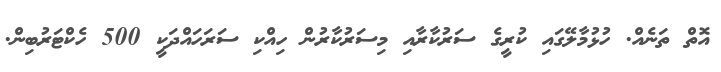
އޮތް ތަނެއް. ހުޅުމާލޭގައި ކުރީގެ ސަރުކާރާއި މިސަރުކާރުން ހިއްކި ސަރަހައްދަކީ 500 ހެކްޓަރުބިން.